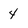
Character: 4